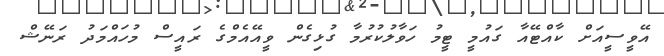
އޭވީސީއަށް ކާއްޓޭއާ ގައުމީ ޓީމު ހަވާލުކުރުމާ ގުޅިގެން ވީއޭއެމްގެ ރައީސް މުހައްމަދު ރަނޭޝް